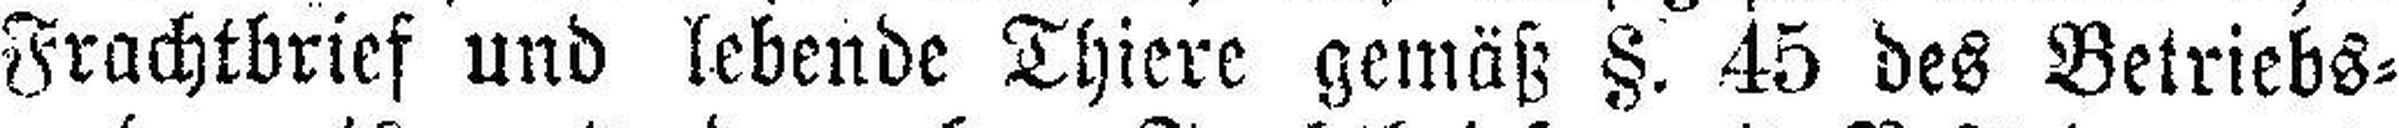
Frachtbrief und lebende Thiere gemäß §. 45 des Betriebs¬